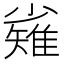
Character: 𱚫